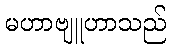
မဟာဗျူဟာသည်